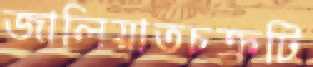
জালিয়াতচক্রটি